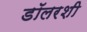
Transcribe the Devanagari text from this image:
डॉलरशी